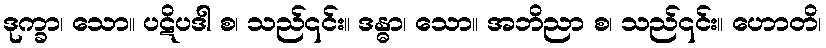
ဒုက္ခာ၊ သော။ ပဋိပဒါ စ၊ သည်၎င်း။ ဒန္ဓာ၊ သော။ အဘိညာ စ၊ သည်၎င်း။ ဟောတိ၊